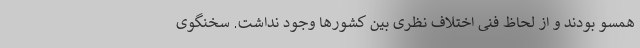
همسو بودند و از لحاظ فنی اختلاف نظری بین کشورها وجود نداشت. سخنگوی